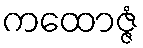
ကထောဇ္ဇံ